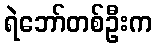
ရဲဘော်တစ်ဦးက